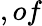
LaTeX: ,of